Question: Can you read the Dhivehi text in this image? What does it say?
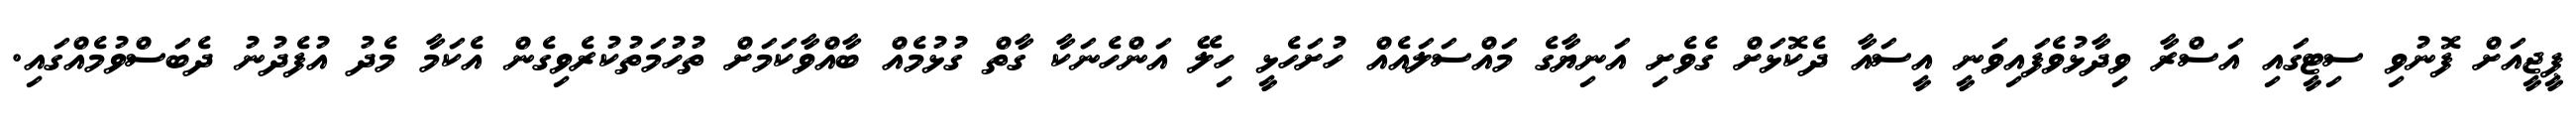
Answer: ޕީޖީއަށް ފޮނުވި ސިޓީގައި އަސްރާ ވިދާޅުވެފައިވަނީ އީސައާ ދެކޮޅަށް ގެވެށި އަނިޔާގެ މައްސަލައެއް ހުށަހެޅީ ހިލޭ އަންހެނަކާ ގާތް ގުޅުމެއް ބާއްވާކަމަށް ތުހުމަތުކުރެވިގެން އެކަމާ މެދު އުފެދުނު ދެބަސްވުމެއްގައި.